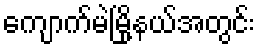
ကျောက်မဲမြို့နယ်အတွင်း